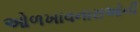
ઓળખાવનારાઓની